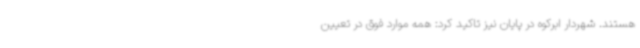
هستند. شهردار ابرکوه در پایان نیز تاکید کرد: همه موارد فوق در تعیین